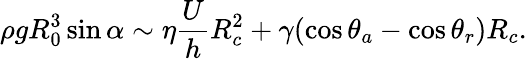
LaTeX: \rho gR_{0}^{3}\sin\alpha\sim\eta\frac{U}{h}R_{c}^{2}+\gamma(\cos{\theta_{a}}-\cos{\theta_{r}})R_{c}.